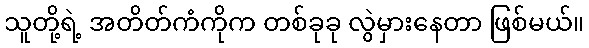
သူတို့ရဲ့ အတိတ်ကံကိုက တစ်ခုခု လွဲမှားနေတာ ဖြစ်မယ်။